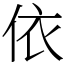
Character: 依